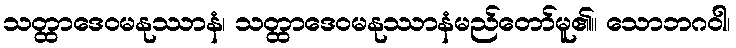
သတ္ထာဒေဝမနုဿာနံ၊ သတ္ထာဒေဝမနုဿာနံမည်တော်မူ၏။ သောဘဂဝါ၊